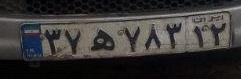
۳۷ه۷۸۳۱۲